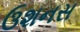
ઉશનસ